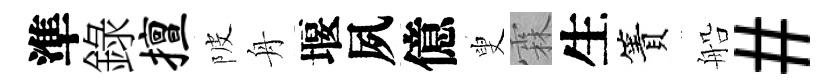
準錄擅陂舟堰夙億叟霖生簀船#